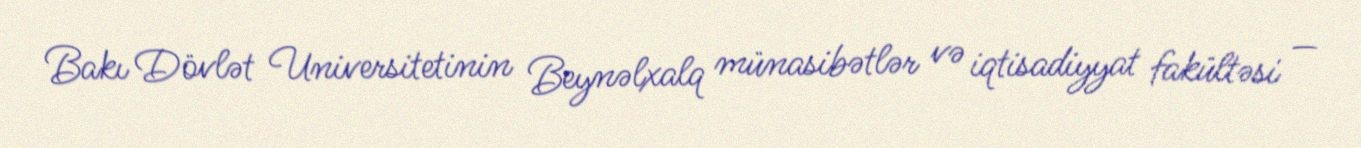
Bakı Dövlət Universitetinin Beynəlxalq münasibətlər və iqtisadiyyat fakültəsi —